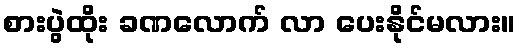
စားပွဲထိုး ခဏလောက် လာ ပေးနိုင်မလား။